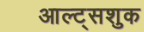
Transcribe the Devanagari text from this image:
आल्ट्सशुक